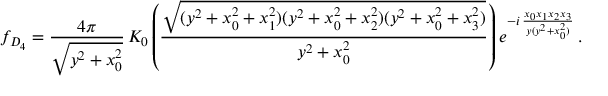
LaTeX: f _ { D _ { 4 } } = \frac { 4 \pi } { \sqrt { y ^ { 2 } + x _ { 0 } ^ { 2 } } } \, K _ { 0 } \left( \frac { \sqrt { ( y ^ { 2 } + x _ { 0 } ^ { 2 } + x _ { 1 } ^ { 2 } ) ( y ^ { 2 } + x _ { 0 } ^ { 2 } + x _ { 2 } ^ { 2 } ) ( y ^ { 2 } + x _ { 0 } ^ { 2 } + x _ { 3 } ^ { 2 } ) } } { y ^ { 2 } + x _ { 0 } ^ { 2 } } \right) e ^ { - i \, \frac { x _ { 0 } x _ { 1 } x _ { 2 } x _ { 3 } } { y ( y ^ { 2 } + x _ { 0 } ^ { 2 } ) } } \, .